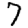
Digit: 7